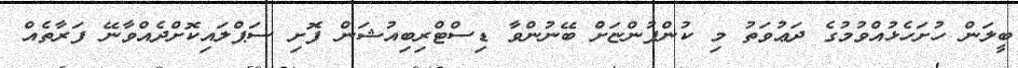
ބީލަން ހުށަހެޅުއްވުމުގެ ދަޢުވަތު މި ކުންފުންޏަށް ބޭނުންވާ ޑިސްޓްރިބިއުޝަން ފޮށި ސަޕްލައިކޮށްދެއްވާނޭ ފަރާތެއް